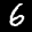
Label: 6